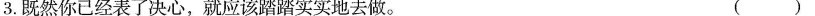
3.既然你已经表了决心，就应该踏踏实实地去做。 ()